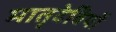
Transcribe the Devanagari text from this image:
मातृदेवियों